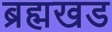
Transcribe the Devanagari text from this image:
ब्रह्मखड